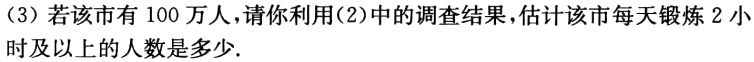
（3）若该市有 100 万人，请你利用(2)中的调查结果，估计该市每天锻炼 2 小时及以上的人数是多少.